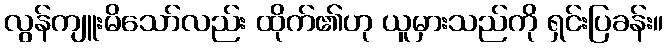
လွန်ကျူးမိသော်လည်း ထိုက်၏ဟု ယူမှားသည်ကို ရှင်းပြခန်း။